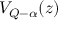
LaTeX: V _ { Q - \alpha } ( z )